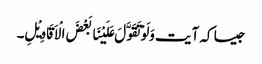
جیسا کہ آیت وَلَوْتَقَوَّلَ عَلَیْنَا بَعْضَ الْاَقَاوِیْلِ۔